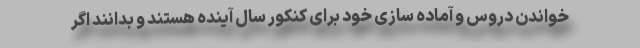
خواندن دروس و آماده سازی خود برای کنکور سال آینده هستند و بدانند اگر